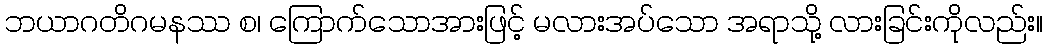
ဘယာဂတိဂမနဿ စ၊ ကြောက်သောအားဖြင့် မလားအပ်သော အရာသို့ လားခြင်းကိုလည်း။